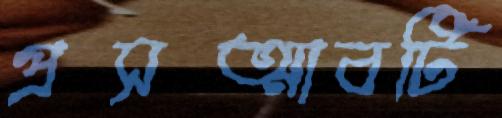
প্রসত্মাবটি